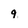
Character: 9